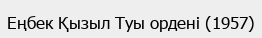
Еңбек Қызыл Туы ордені (1957)